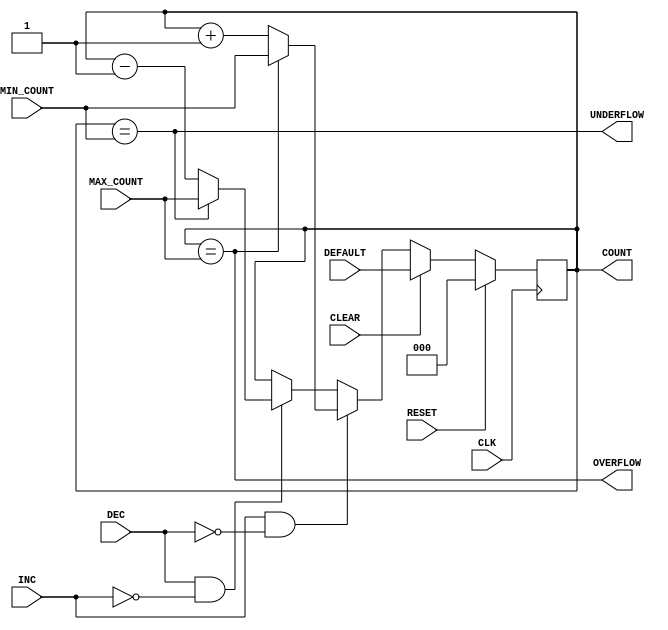
`timescale 1ns/1ps
module counter #(
    // INPUT PARAMETERS
    parameter COUNT_WIDTH               = 3
)
(
    // PORTS
    input  wire                         CLK,
    input  wire                         RESET,

    input  wire                         CLEAR,
    input  wire [COUNT_WIDTH-1    : 0]  DEFAULT,

    input  wire                         INC,
    input  wire                         DEC,

    input  wire [COUNT_WIDTH-1    : 0]  MIN_COUNT,
    input  wire [COUNT_WIDTH-1    : 0]  MAX_COUNT,

    output wire                         OVERFLOW,
    output wire                         UNDERFLOW,
    output reg  [COUNT_WIDTH-1    : 0]  COUNT
);

// ******************************************************************
// CONTROL LOGIC
// ******************************************************************

    assign OVERFLOW = (COUNT == MAX_COUNT);
    assign UNDERFLOW = (COUNT == MIN_COUNT);

    // UPCOUNTER
    always @ (posedge CLK)
    begin : COUNTER
        if (RESET)
            COUNT <= 0;
        else if (CLEAR)
            COUNT <= DEFAULT;
        else if (INC && !DEC) begin
            if (!OVERFLOW)
                COUNT <= COUNT + 1'b1;
            else if (OVERFLOW)
                COUNT <= MIN_COUNT;
        end
        else if (DEC && !INC) begin
            if (!UNDERFLOW)
                COUNT <= COUNT - 1'b1;
            else if (UNDERFLOW)
                COUNT <= MAX_COUNT;
        end
    end
endmodule